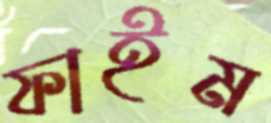
ফাইম